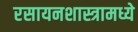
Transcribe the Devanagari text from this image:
रसायनशास्त्रामध्ये